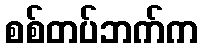
စစ်တပ်ဘက်က